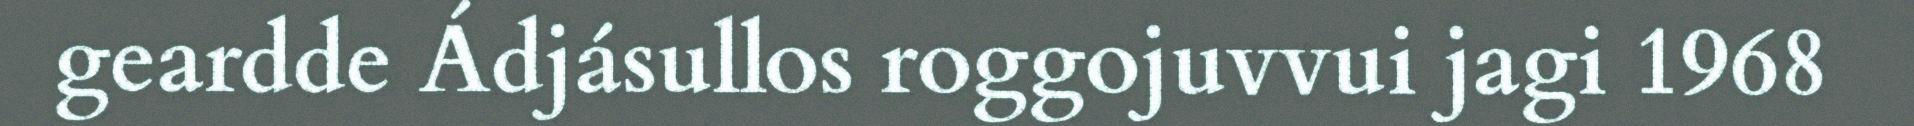
geardde Ádjásullos roggojuvvui jagi 1968